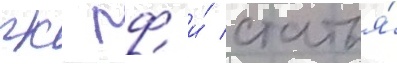
гк рф и́ статья́